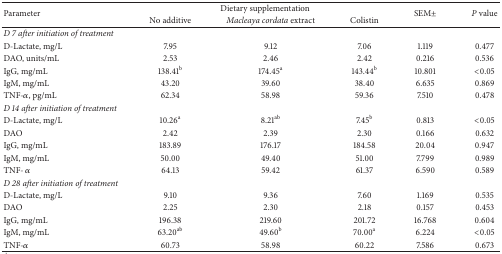
| <ROWSPAN=2> Parameter | <COLSPAN=3> Dietary supplementation | <ROWSPAN=2> SEM± | <ROWSPAN=2> P value |
 | No additive | Macleaya cordata extract | Colistin |
 | --- | --- | --- | --- | --- | --- |
 | D 7 after initiation of treatment |  |  |  |  |  |
 | D-Lactate, mg/L | 7.95 | 9.12 | 7.06 | 1.119 | 0.477 |
 | DAO, units/mL | 2.53 | 2.46 | 2.42 | 0.216 | 0.536 |
 | IgG, mg/mL | 138.41b | 174.45a | 143.44b | 10.801 | <0.05 |
 | IgM, mg/mL | 43.20 | 39.60 | 38.40 | 6.635 | 0.869 |
 | TNF-α, pg/mL | 62.34 | 58.98 | 59.36 | 7.510 | 0.478 |
 | D 14 after initiation of treatment |  |  |  |  |  |
 | D-Lactate, mg/L | 10.26a | 8.21ab | 7.45b | 0.813 | <0.05 |
 | DAO | 2.42 | 2.39 | 2.30 | 0.166 | 0.632 |
 | IgG, mg/mL | 183.89 | 176.17 | 184.58 | 20.04 | 0.947 |
 | IgM, mg/mL | 50.00 | 49.40 | 51.00 | 7.799 | 0.989 |
 | TNF- α | 64.13 | 59.42 | 61.37 | 6.590 | 0.589 |
 | D 28 after initiation of treatment |  |  |  |  |  |
 | D-Lactate, mg/L | 9.10 | 9.36 | 7.60 | 1.169 | 0.535 |
 | DAO | 2.25 | 2.30 | 2.18 | 0.157 | 0.453 |
 | IgG, mg/mL | 196.38 | 219.60 | 201.72 | 16.768 | 0.604 |
 | IgM, mg/mL | 63.20ab | 49.60b | 70.00a | 6.224 | <0.05 |
 | TNF-α | 60.73 | 58.98 | 60.22 | 7.586 | 0.673 |